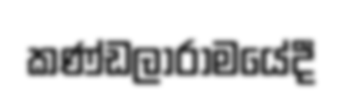
කණ්ඩලාරාමයේදී